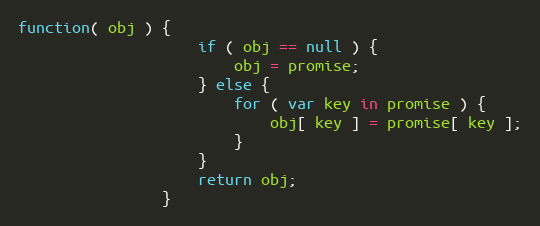
Language: JavaScript
function( obj ) {
					if ( obj == null ) {
						obj = promise;
					} else {
						for ( var key in promise ) {
							obj[ key ] = promise[ key ];
						}
					}
					return obj;
				}